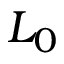
L _ { 0 }